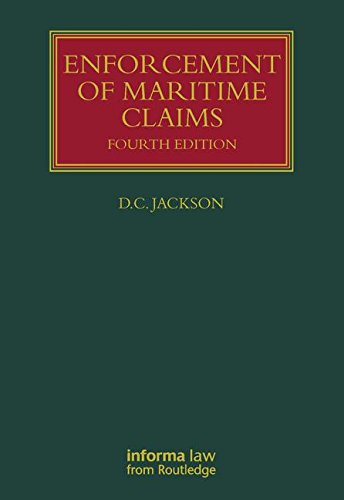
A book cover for Enforcement of Maritime Claims (Lloyd's Shipping Law Library); D C Jackson; Law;